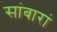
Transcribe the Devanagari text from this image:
सांबारां